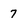
Character: 7